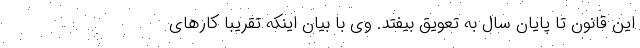
این قانون تا پایان سال به تعویق بیفتد. وی با بیان اینکه تقریباً کارهای